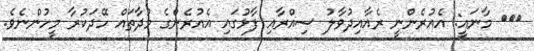
٢٧٤ މާނައީ: އެއުރެންނީ ރެއާއިދުވާލު ސިއްރާއި ފާޅުގައި އެއުރެންގެ މުދާތައް ހޭދަކުރާ މީހުންނެވެ.